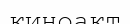
киноакт